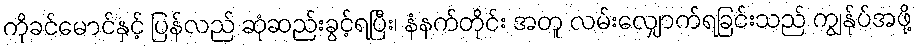
ကိုခင်မောင်နှင့် ပြန်လည် ဆုံဆည်းခွင့်ရပြီး၊ နံနက်တိုင်း အတူ လမ်းလျှောက်ရခြင်းသည် ကျွန်ုပ်အဖို့